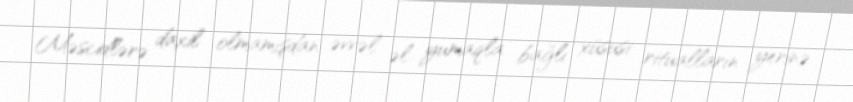
Məscidlərə daxil olmamışdan əvvəl əl yumaqla bağlı xüsusi ritualların yerinə